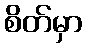
စိတ်မှာ